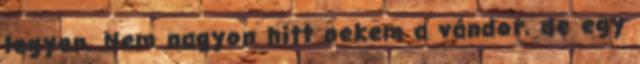
legyen. Nem nagyon hitt nekem a vándor, de egy